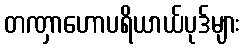
တဏှာဟောပရိယာယ်ပုဒ်များ